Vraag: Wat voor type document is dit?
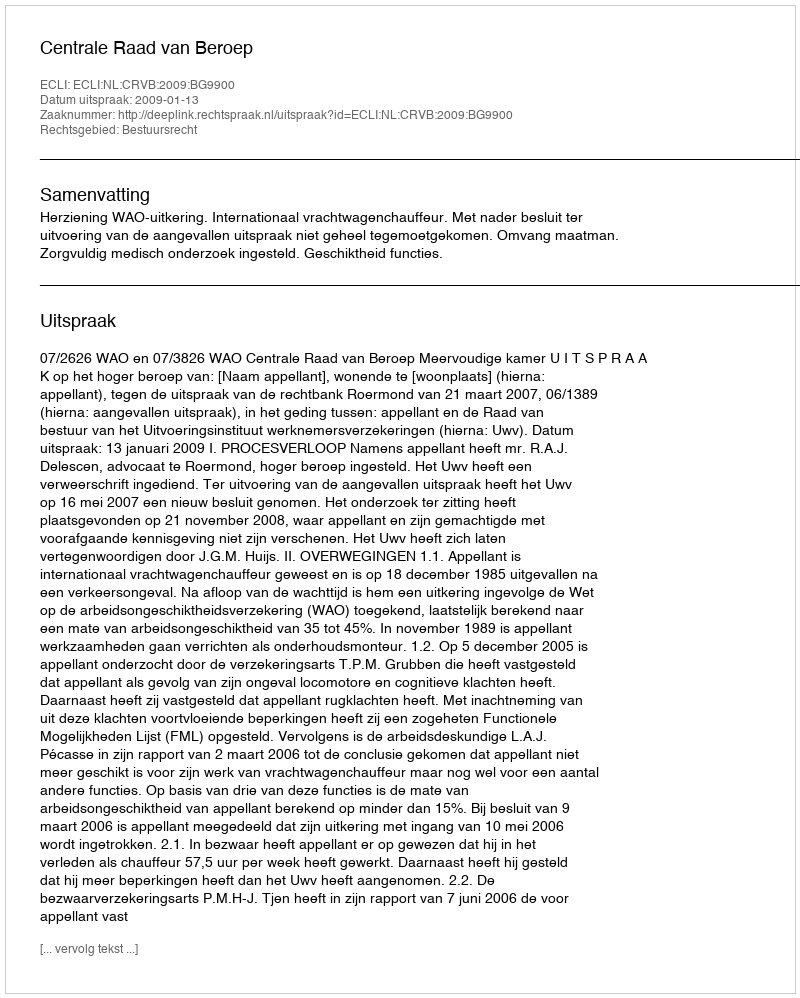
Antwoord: Uitspraak